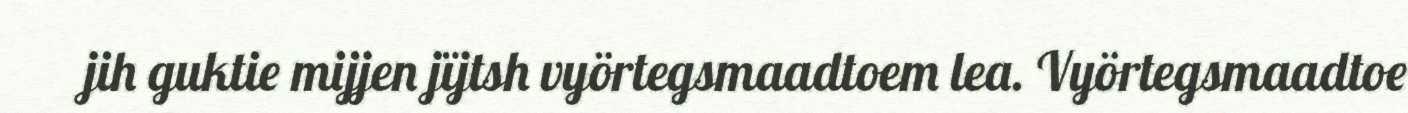
jih guktie mijjen jïjtsh vyörtegsmaadtoem lea. Vyörtegsmaadtoe